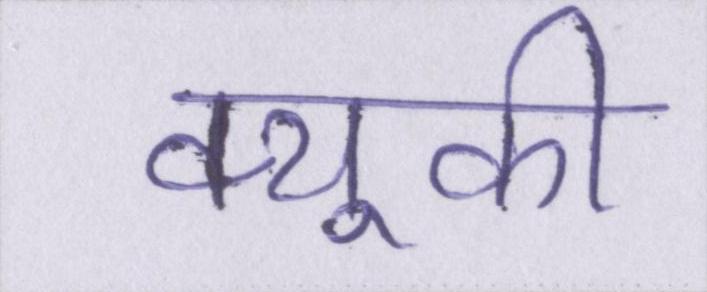
क्यूकी